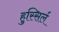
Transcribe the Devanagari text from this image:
हुस्सिर्ल